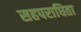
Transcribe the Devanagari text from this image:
सहपराधिता